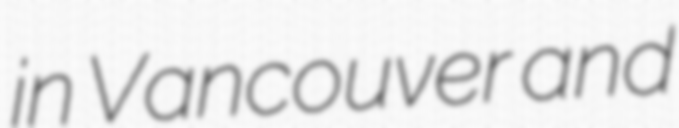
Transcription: in Vancouver and